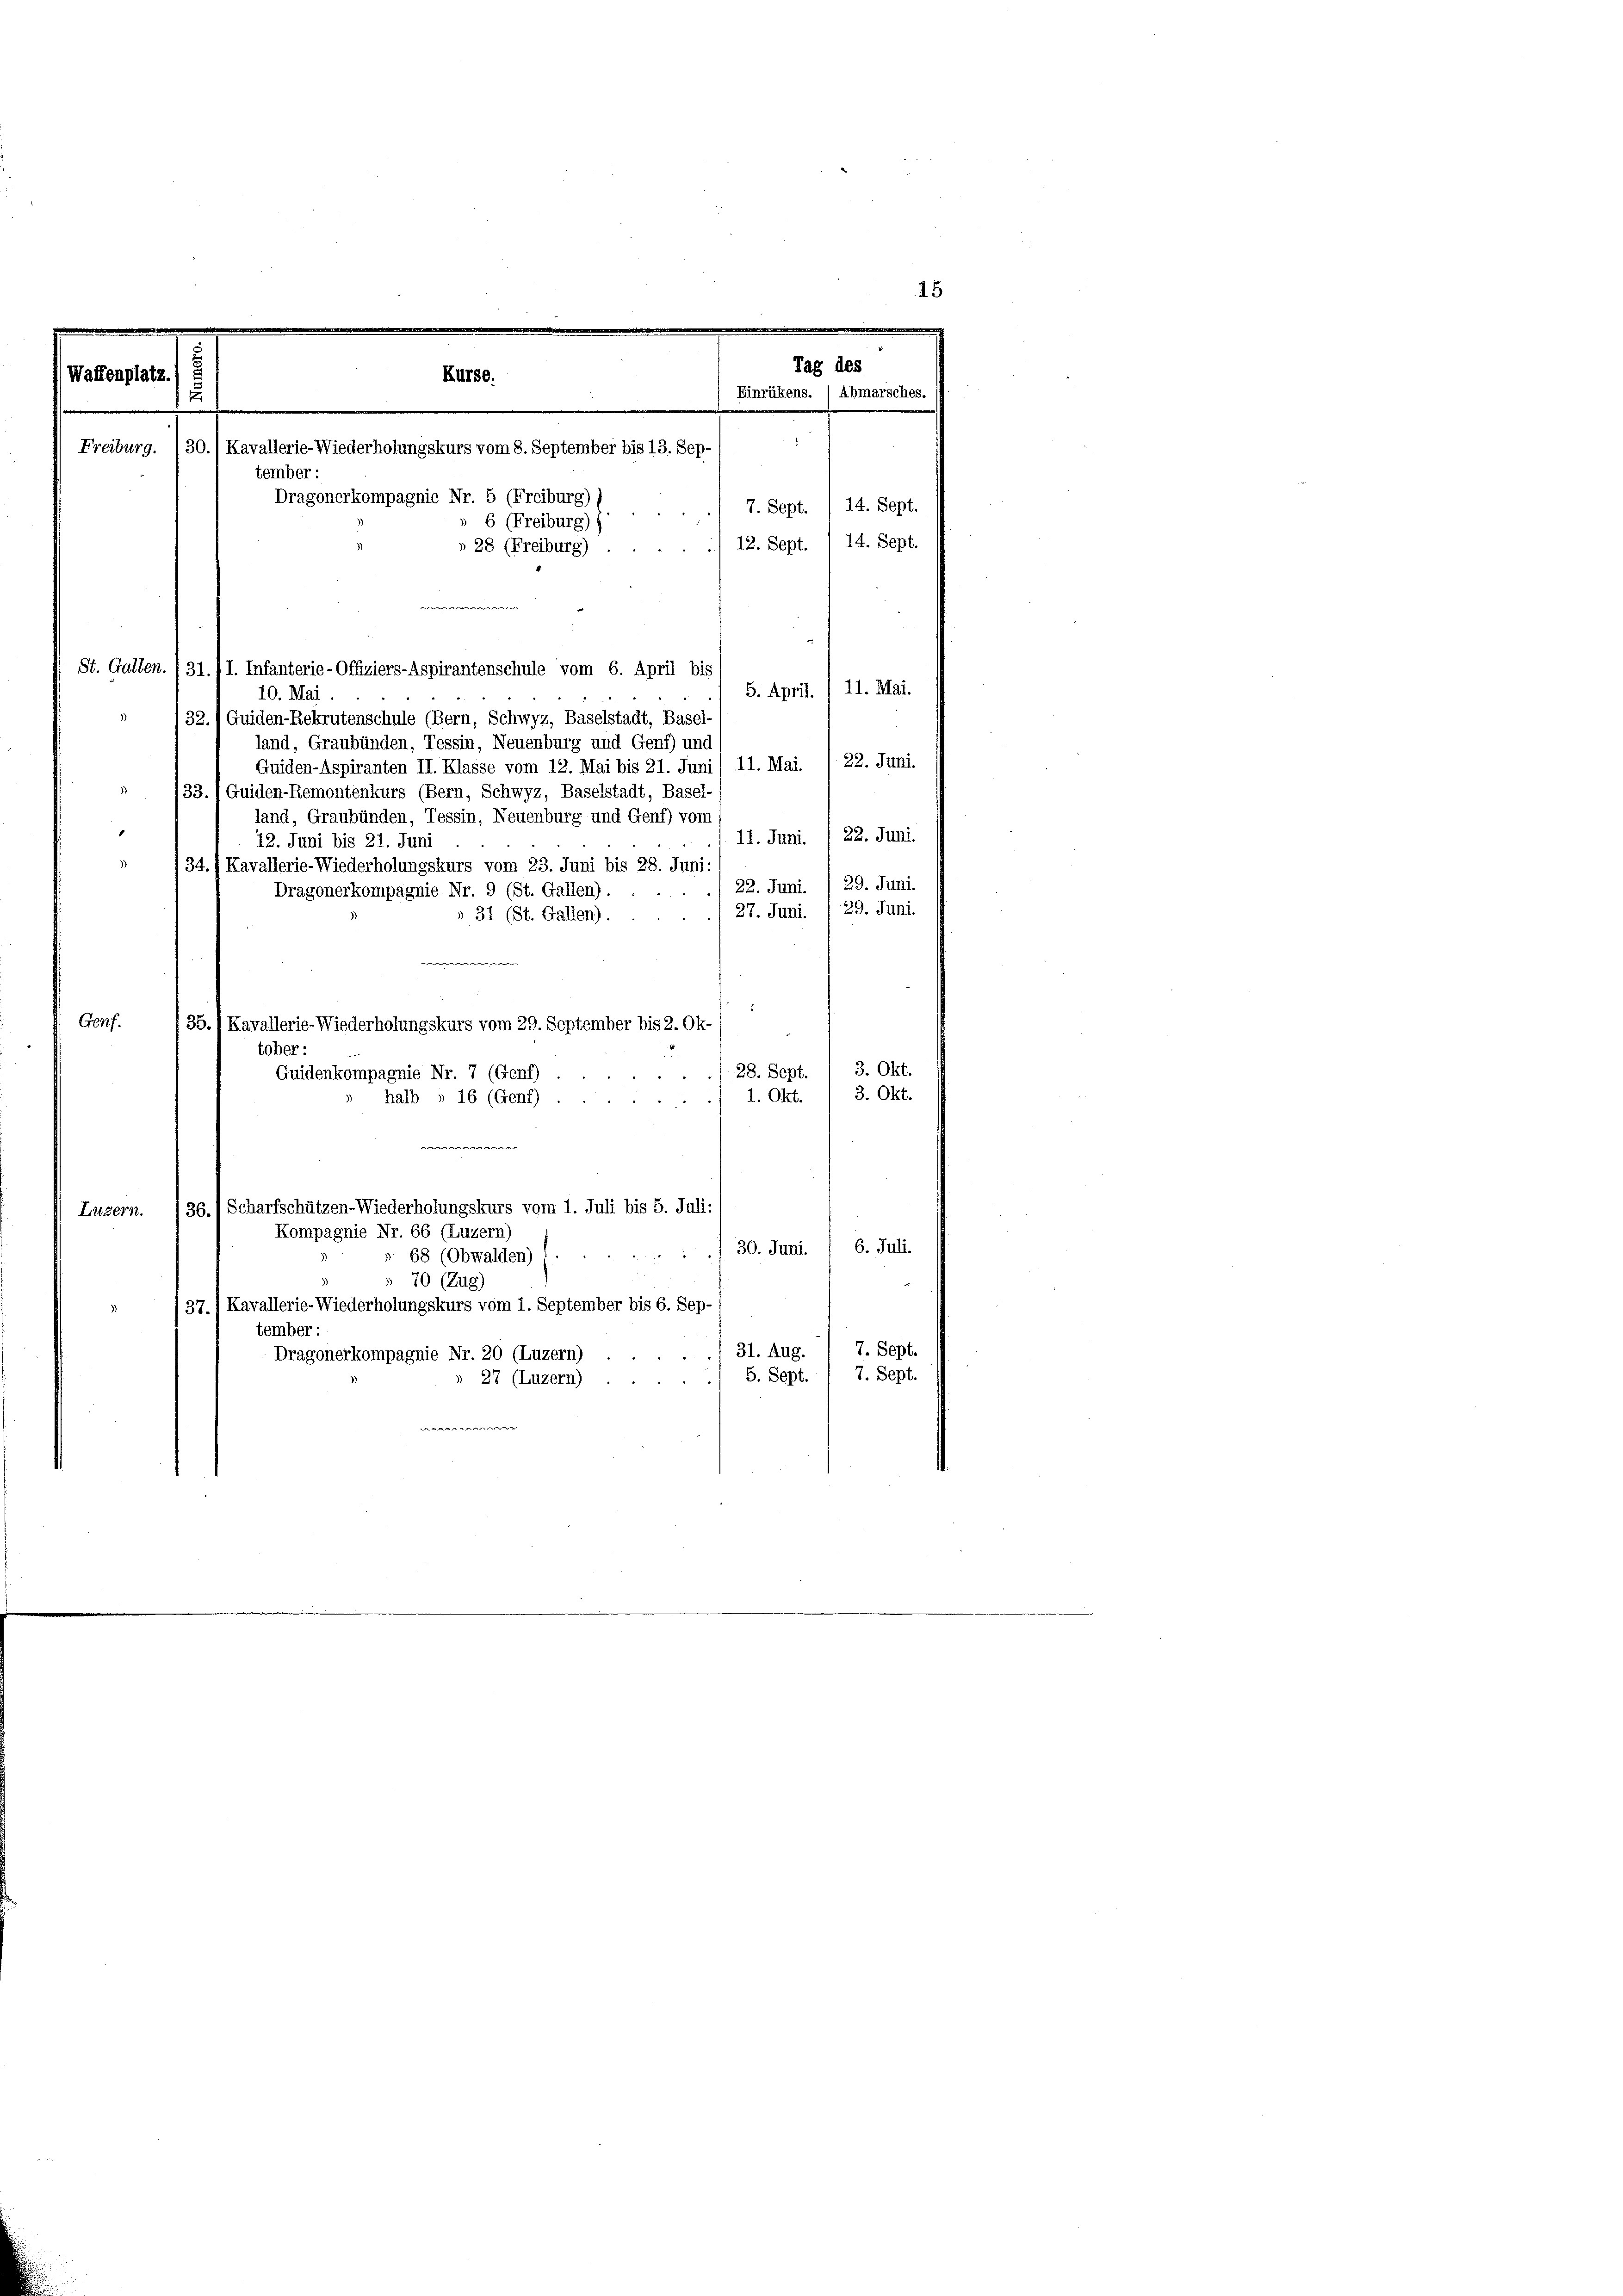
Waffenplatz.

Freiburg.

2

tember :
12. Sept. 1 14. Sept.
» 28 (Freiburg)
St. Gallen. (31./I. Infanterie-Offiziers-Aspirantenschule vom 6. April bis
11. Mai.
5. April.
10. Mai.
32.1 Guiden-Rekrutenschule (Bern, Schwyz, Baselstadt, Basel
land, Graubünden, Tessin, Neuenburg und Genf) und
22. Juni.
11. Mai.
Guiden-Aspiranten II. Klasse vom 12. Mai bis 21. Jun
33. /Guiden-Remontenkurs (Bern, Schwyz, Baselstadt, Basel-
land, Graubünden, Tessin, Neuenburg und Genf) vom
11. Juni /22. Juni.
12. Juni bis 21. Juni
3)
34./ Kavallerie-Wiederholungskurs vom 23. Juni bis 28. Juni:
22. Juni. / 29. Juni.
Dragonerkompagnie Nr. 9 (St. Gallen).
29. Juni.
27. Juni.
 31 (St. Gallen).
.
Genf.
35.1 Kavallerie-Wiederholungskurs vom 29. September bis 2. Ok-
tober:
28. Sept. 3. Okt.
Guidenkompagnie Nr. 7 (Genf)
3. Okt.
1. Okt.
halb § 16 (Genf)
einige
36.) Scharfschützen-Wiederholungskurs vom 1. Juli bis 5. Juli:
Luzern.
Kompagnie Nr. 66 (Luzern)
30. Juni. / 6. Juli.
68 (Obwalden)
70 (Zug)
37. 1 Kavallerie-Wiederholungskurs vom 1. September bis 6. Sep-
tember :
7. Sept.
31. Aug.
Dragonerkompagnie Nr. 20 (Luzern)
7. Sept.
5. Sept.
» 27 (Luzern)

15
Tag des
Kürse.
Einrükens. (Abmarsches.
30.) Kavallerie-Wiederholungskurs vom 8. September bis 13. Sep-
Dragonerkompagnie Nr. 5 (Freiburg) s
7. Sept. 14. Sept.
 6 (Freiburg))